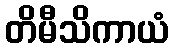
တိမီသိကာယံ